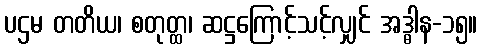
ပဌမ တတိယ၊ စတုတ္ထ၊ ဆဋ္ဌကြောင့်သင့်လျှင် အဒ္ဓါန-၁၅။